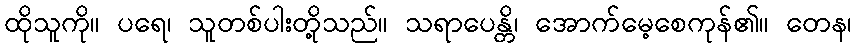
ထိုသူကို။ ပရေ၊ သူတစ်ပါးတို့သည်။ သရာပေန္တိ၊ အောက်မေ့စေကုန်၏။ တေန၊